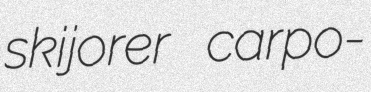
skijorer carpo-